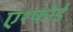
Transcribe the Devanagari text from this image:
एश्फोर्ड